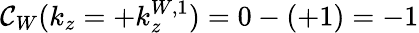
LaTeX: \mathcal{C}_{W}(k_{z}=+k_{z}^{W,1})=0-(+1)=-1